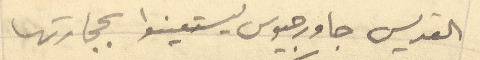
القديس جاورجيوس ليستعينوا بحجارتها